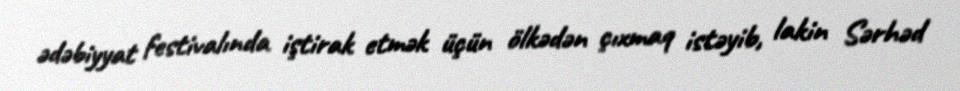
ədəbiyyat festivalında iştirak etmək üçün ölkədən çıxmaq istəyib, lakin Sərhəd